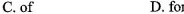
C.of D. for